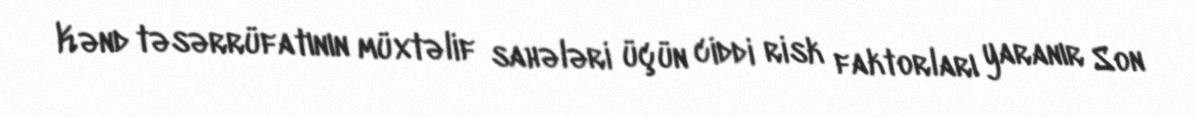
Kənd təsərrüfatının müxtəlif sahələri üçün ciddi risk faktorları yaranır Son